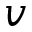
v